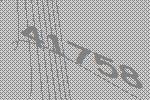
41758